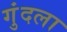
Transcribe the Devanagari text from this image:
गुंदला